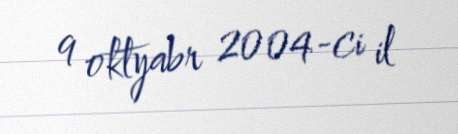
9 oktyabr 2004-ci il